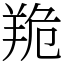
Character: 䍯